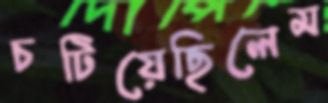
চটিয়েছিলেম